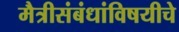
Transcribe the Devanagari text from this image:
मैत्रीसंबंधांविषयीचे